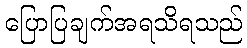
ပြောပြချက်အရသိရသည်